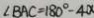
\angle B A C = 1 8 0 ^ { \circ } - 4 0